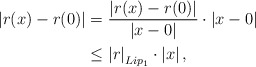
\begin{align*}\left|r(x)-r(0)\right|&=\frac{\left|r(x)-r(0)\right|}{\left|x-0\right|}\cdot \left|x-0\right|\\&\leq \left|r\right|_{Lip_1}\cdot \left|x\right|,\end{align*}